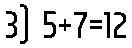
3) 5+7=12